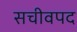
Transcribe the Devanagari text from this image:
सचीवपद